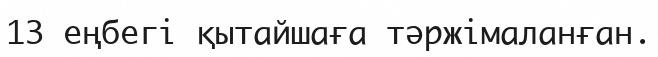
13 еңбегі қытайшаға тәржімаланған.